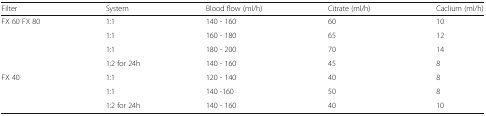
<table><thead><tr><td><b>Filter</b></td><td><b>System</b></td><td><b>Blood flow (ml/h)</b></td><td><b>Citrate (ml/h)</b></td><td><b>Caclium (ml/h)</b></td></tr></thead><tbody><tr><td rowspan="4">FX 60 FX 80</td><td>1:1</td><td>140 - 160</td><td>60</td><td>10</td></tr><tr><td>1:1</td><td>160 - 180</td><td>65</td><td>12</td></tr><tr><td>1:1</td><td>180 - 200</td><td>70</td><td>14</td></tr><tr><td>1:2 for 24h</td><td>140 - 160</td><td>45</td><td>8</td></tr><tr><td rowspan="3">FX 40</td><td>1:1</td><td>120 - 140</td><td>40</td><td>8</td></tr><tr><td>1:1</td><td>140 -160</td><td>50</td><td>8</td></tr><tr><td>1:2 for 24h</td><td>140 - 160</td><td>40</td><td>10</td></tr></tbody></table>